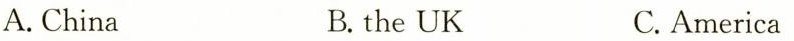
A. China B. the UK C. America